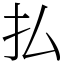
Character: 払